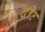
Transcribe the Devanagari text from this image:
दीः